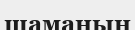
шаманын